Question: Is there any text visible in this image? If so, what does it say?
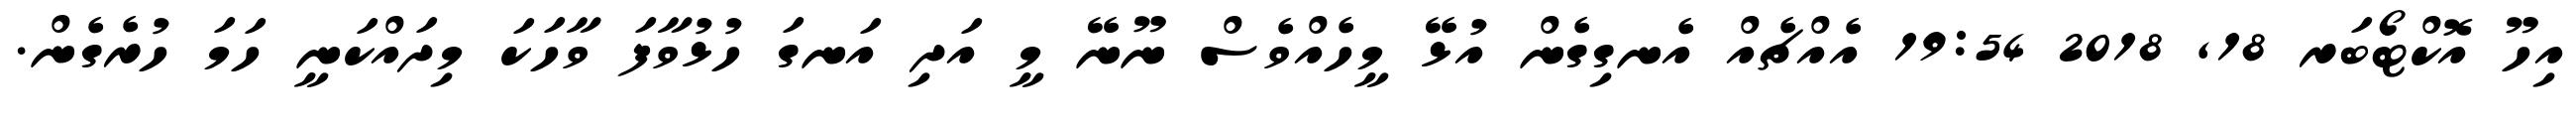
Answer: އިހޫ އޮކްޓޯބަރ 18, 2018 19:54 އެއްޗެއް އެނގިގެން އުޅޭ މީހެއްވެސް ނޫނޭ މީ އަދި އަނގަ ހުޅުވާފަ ވާހަކަ މިދައްކަނީ ހަމަ ހުރެގެން.